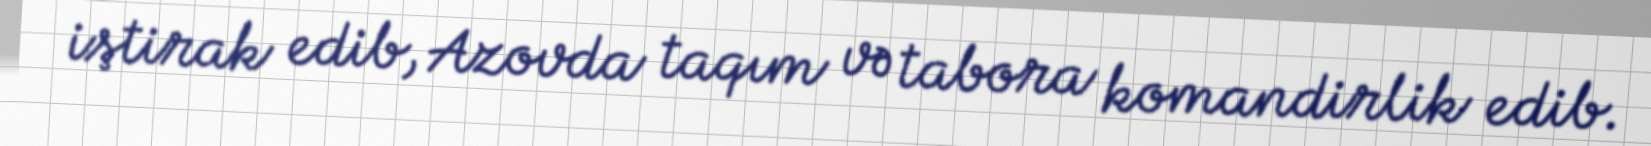
iştirak edib, Azovda taqım və tabora komandirlik edib.